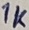
Text: 1K